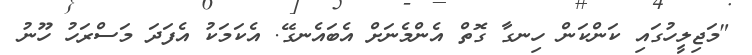
"މަޖިލީހުގައި ކަންކަން ހިނގާ ގޮތް އެންމެނަށް އެބައެނގޭ. އެކަމަކު އެފަދަ މަސްރަހު ހޫނު